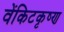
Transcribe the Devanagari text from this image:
वेंकिटकृष्ण